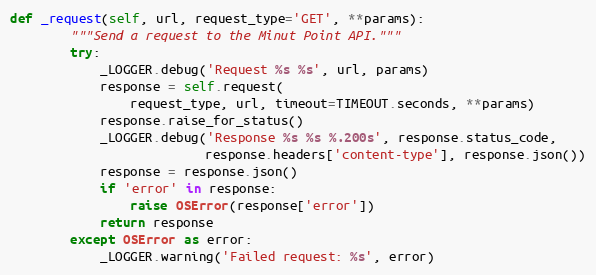
Language: Python
def _request(self, url, request_type='GET', **params):
        """Send a request to the Minut Point API."""
        try:
            _LOGGER.debug('Request %s %s', url, params)
            response = self.request(
                request_type, url, timeout=TIMEOUT.seconds, **params)
            response.raise_for_status()
            _LOGGER.debug('Response %s %s %.200s', response.status_code,
                          response.headers['content-type'], response.json())
            response = response.json()
            if 'error' in response:
                raise OSError(response['error'])
            return response
        except OSError as error:
            _LOGGER.warning('Failed request: %s', error)